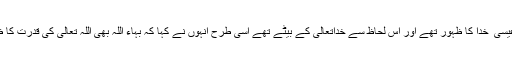
پھر عیسائیوں کی ہمدردی کے لئے جس طرح عیسائی یہ مانتے ہیں کہ حضرت عیسیٰ ؑ خدا کا ظہور تھے اور اس لحاظ سے خداتعالیٰ کے بیٹے تھے اسی طرح انہوں نے کہا کہ بہاء اللہ بھی اللہ تعالیٰ کی قدرت کا ظہور ہے بلکہ اللہ تعالیٰ کی قدرت ہے اور خود مجسم شکل میں اللہ تعالیٰ آ گیا ہے۔